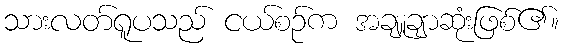
သားလတ်ရူပသည် ငယ်စဉ်က အချူချာဆုံးဖြစ်၏။